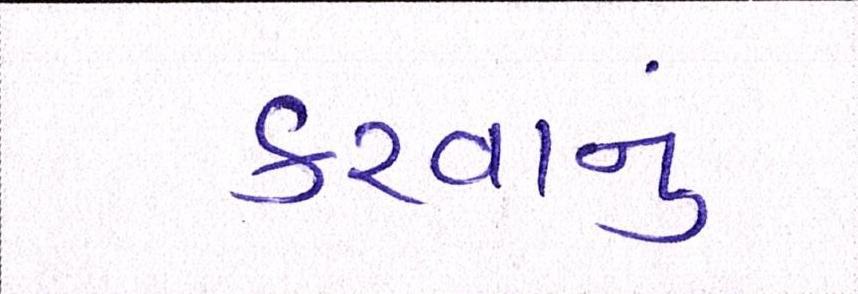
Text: કરવાનું